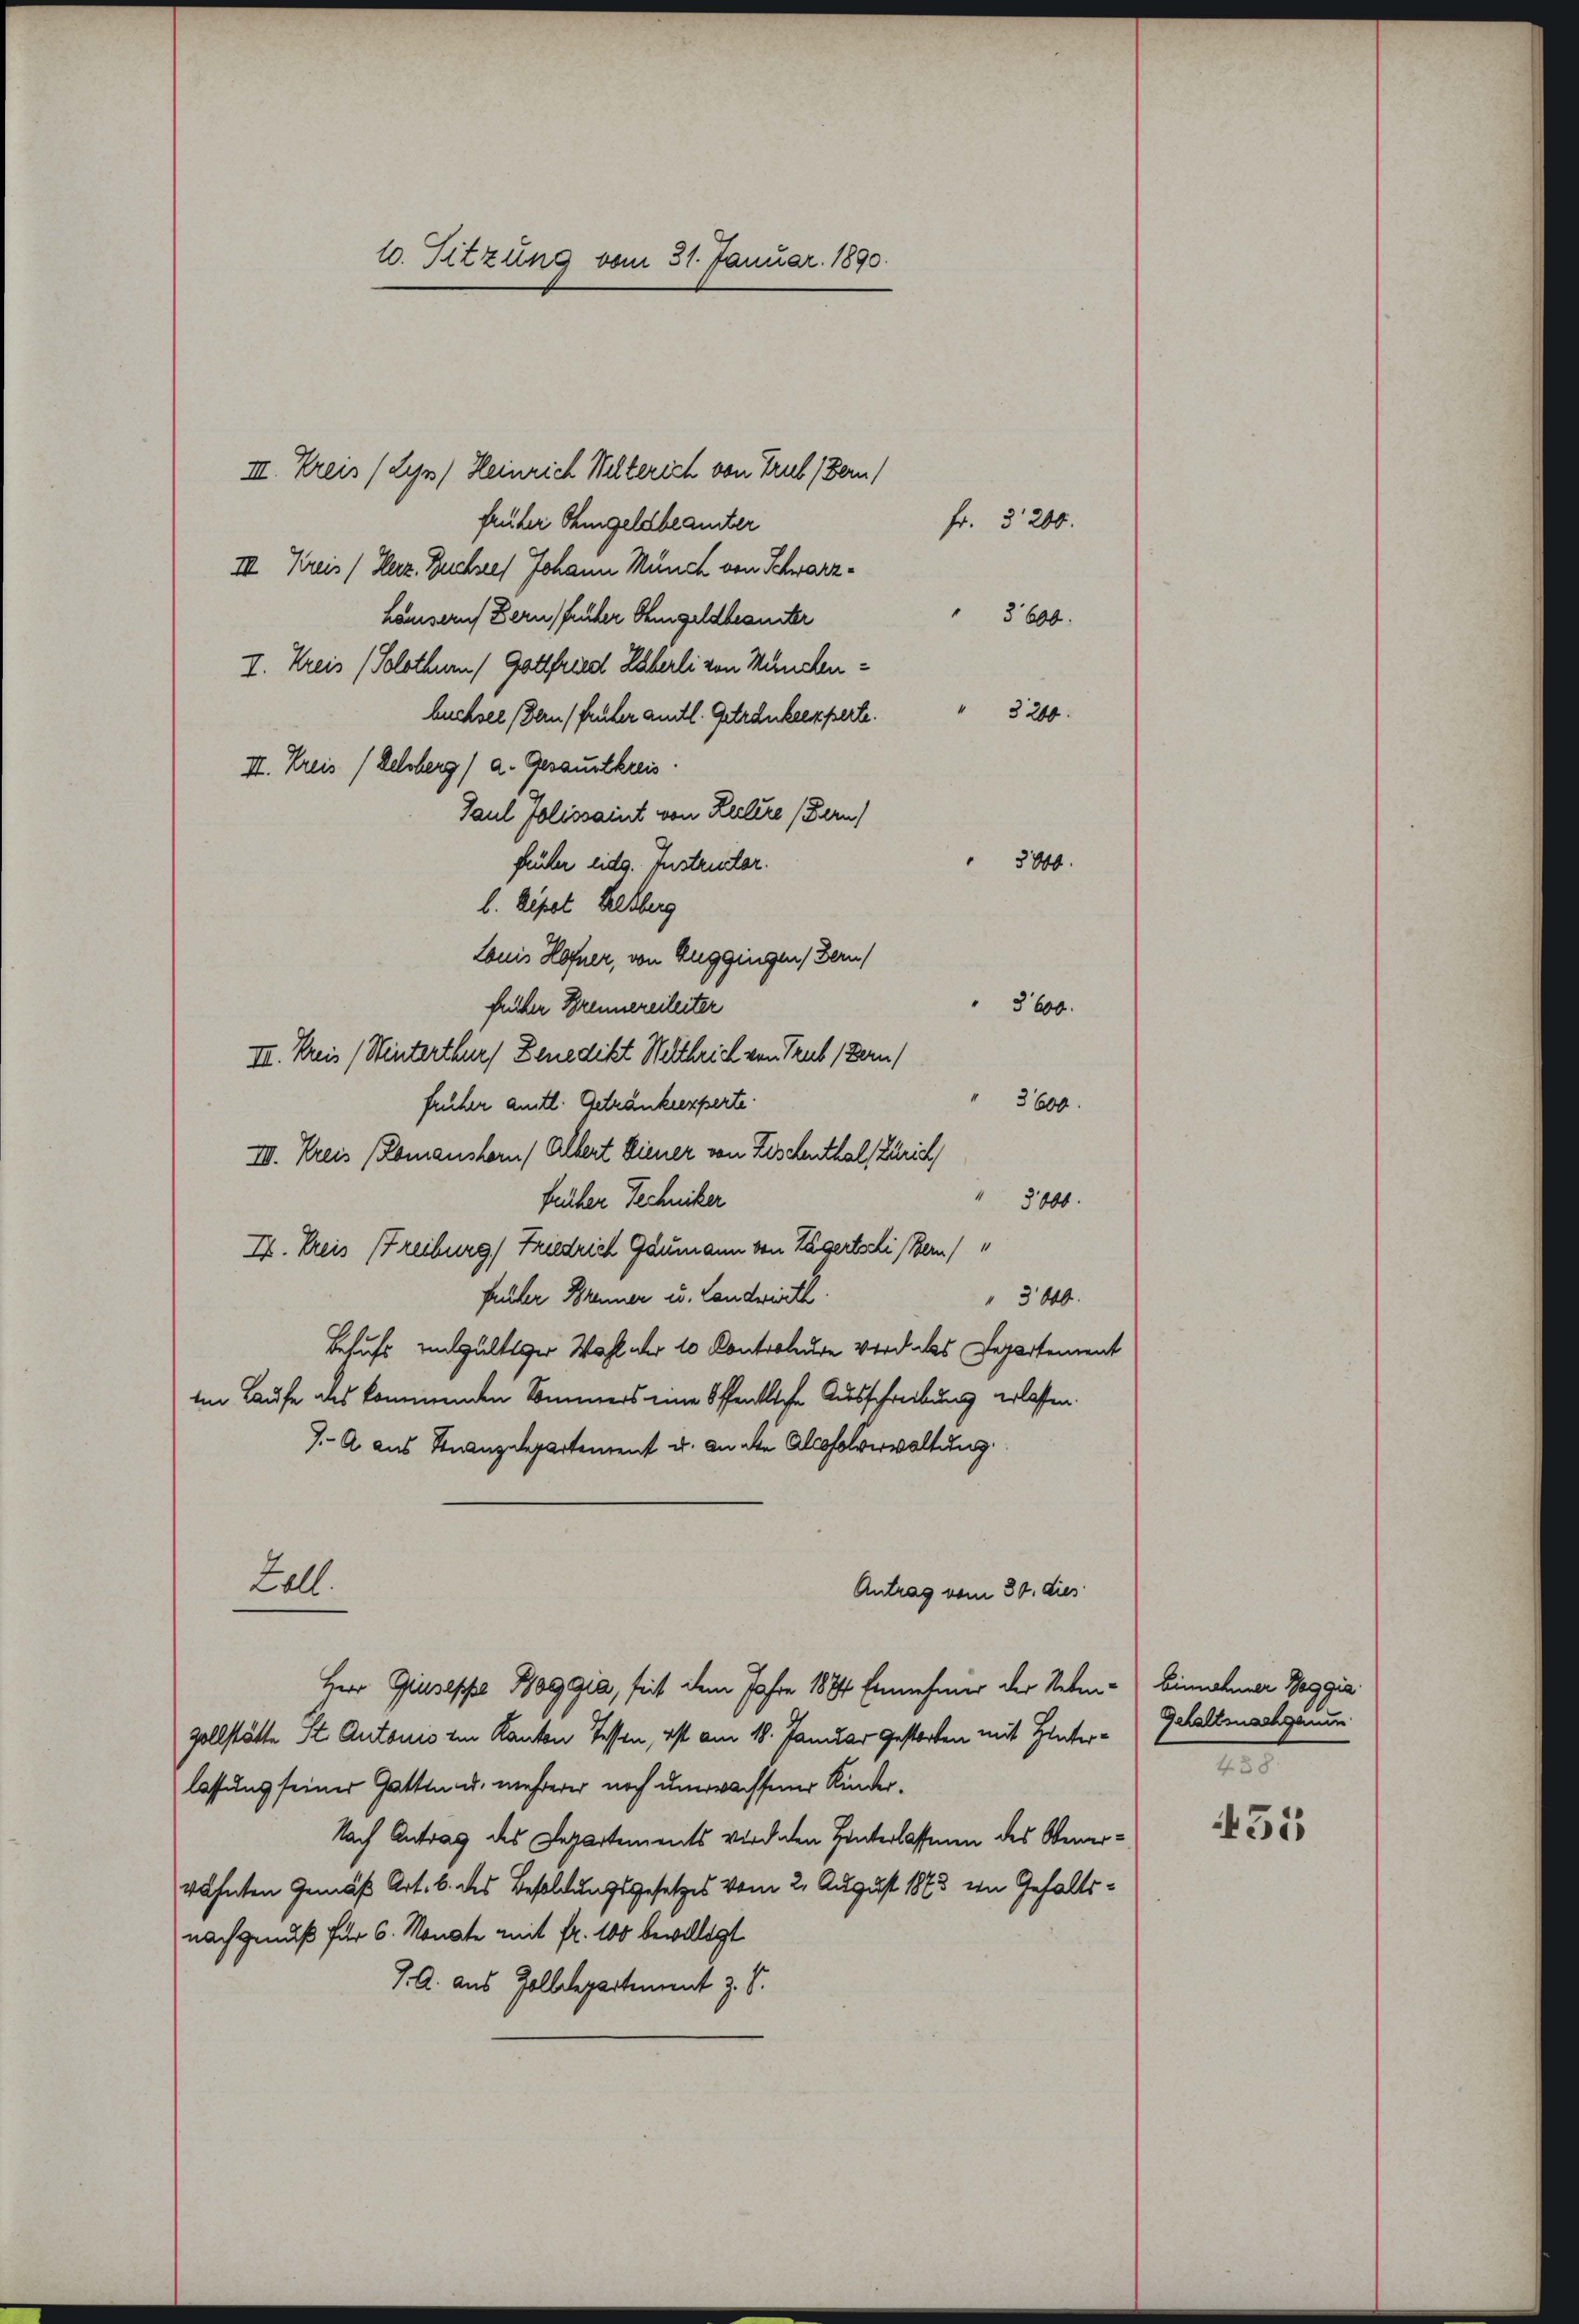
10. Sitzung vom 31. Januar 1890.

III. Kreis (Les) Heinrich Selterich von Trub (Bern,
Fr. 3200.
früher Ohmgeldbeamter
III. Kreis (Karz. Buchsees Johann Münch von Schwarzhäusern Bern früher Ohmgeldbeamter
 3600.
I. Kreis (Solothurm / Gottfried Häberli von München¬
" 3200.
büchsel dern früher amtl. Getränkeexperte.
II. Kreis (Kelsberg) a. Gesammtkreis.
Paul Jolissaint von Zeitere (Bern)
5800.
früher eidg. Instructor.
b. Pipet Helsburg
Louis Hofner, von Auggingen, Bern)
§600.
früher Brennereileiter
III. Kreis (Winterthur, Benedikt Weltbrich von Trub (Bern)
früher amtl. Getränkeexperte.
3800.
III. Kreis (Romanshorn / Altert diener von Fischenthal, Zürich
fücher Techniker
5000.
I. Preis (Freiburg, Friedrich Gaumann von Tägertschi (Bern)
früher Brenner u. Landwirth
3440.
Besuchs ungültiger Wahl der 10 Kontroleute wird des Departement
im Laufe des kommenden Sommers eine öffentliche Ausschreibung erlassen.
J. A. aus Finanzdepartement u. an die Alcosolverwaltung.
Lall.
Antrag vom 30. dies
Herr Giuseppe Haggia, seit dem Jahre 1884 Ennehmer der Neben - Einnahmer Maggia
zollstätte St. Antonis im Kanton Tessen, ist am 18. Januar gestorben mit Hinterlassung seiner Gatten u. mehrerer noch unwachsener Kinder¬
Nach Antrag des Departements verdaten Hinterlassenen des Obenerwähnten Gemäß Art. 6. des Besoldungsgesetzes vom 2. August 1873 in Gehaltsnachgenuß für 6. Monate mit fr. 100 bewilligt
J. A. aus Zolldepartement z. S.

Gehaltsnachgaum
e

435